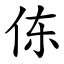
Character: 㑈